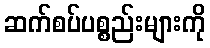
ဆက်စပ်ပစ္စည်းများကို